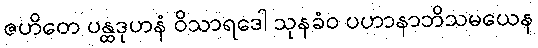
ဇဟိတေ ပန္ထဒုဟနံ ဝိသာရဒေါ သုနခံဝ ပဟာနာဘိသမယေန